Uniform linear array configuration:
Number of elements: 4
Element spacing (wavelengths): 0.75
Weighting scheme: hann
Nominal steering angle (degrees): -30
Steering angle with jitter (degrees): -30.053
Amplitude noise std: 0.05
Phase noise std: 0.05

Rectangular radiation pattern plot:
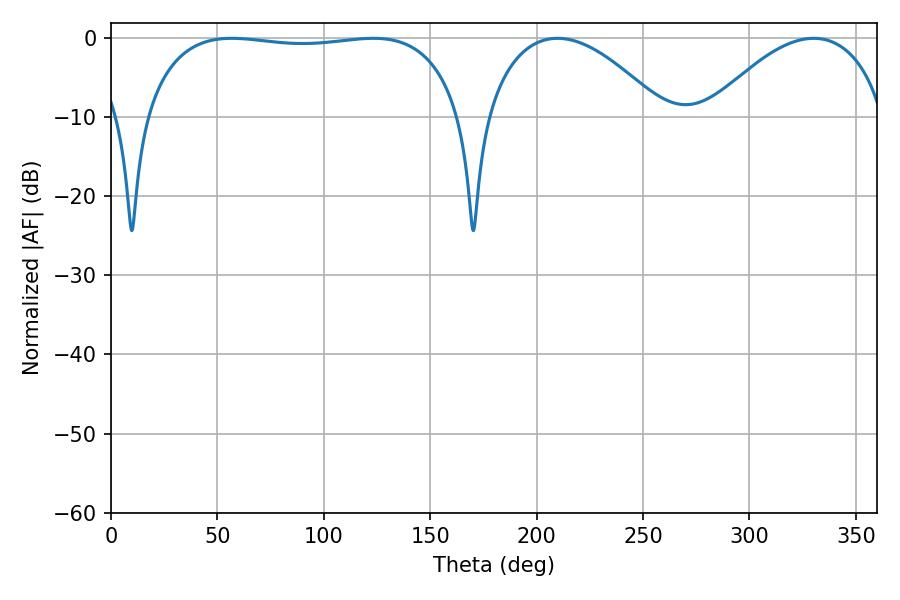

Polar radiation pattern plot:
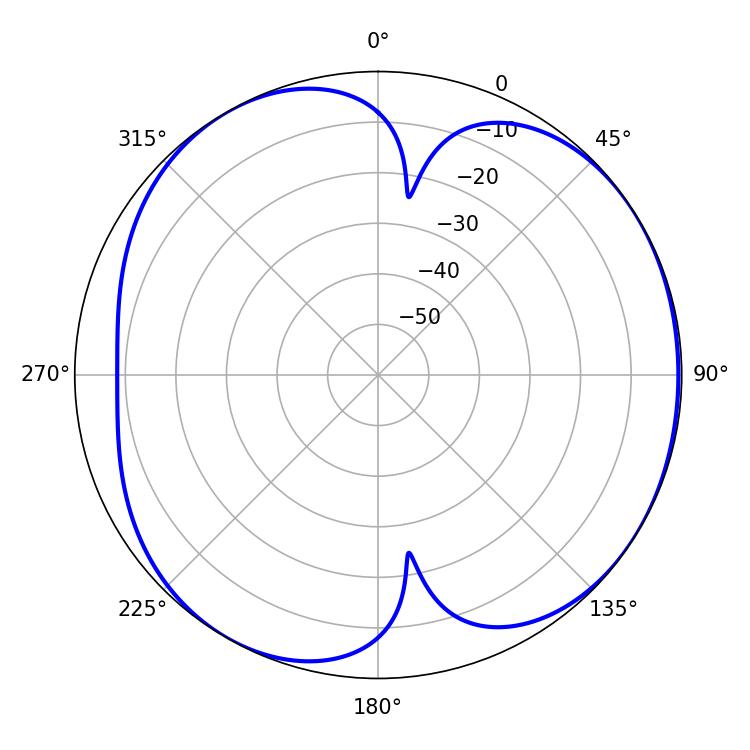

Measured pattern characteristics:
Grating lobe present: TRUE
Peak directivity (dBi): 5.002
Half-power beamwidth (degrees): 119.52
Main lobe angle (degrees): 56.7